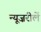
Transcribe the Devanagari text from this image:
न्यूज़रीलें